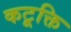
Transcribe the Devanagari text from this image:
कटूक्ति